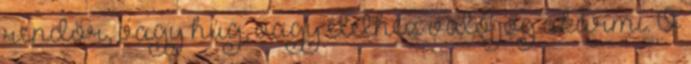
rendőr, vagy húg, vagy élethez való jog akármi. Ő